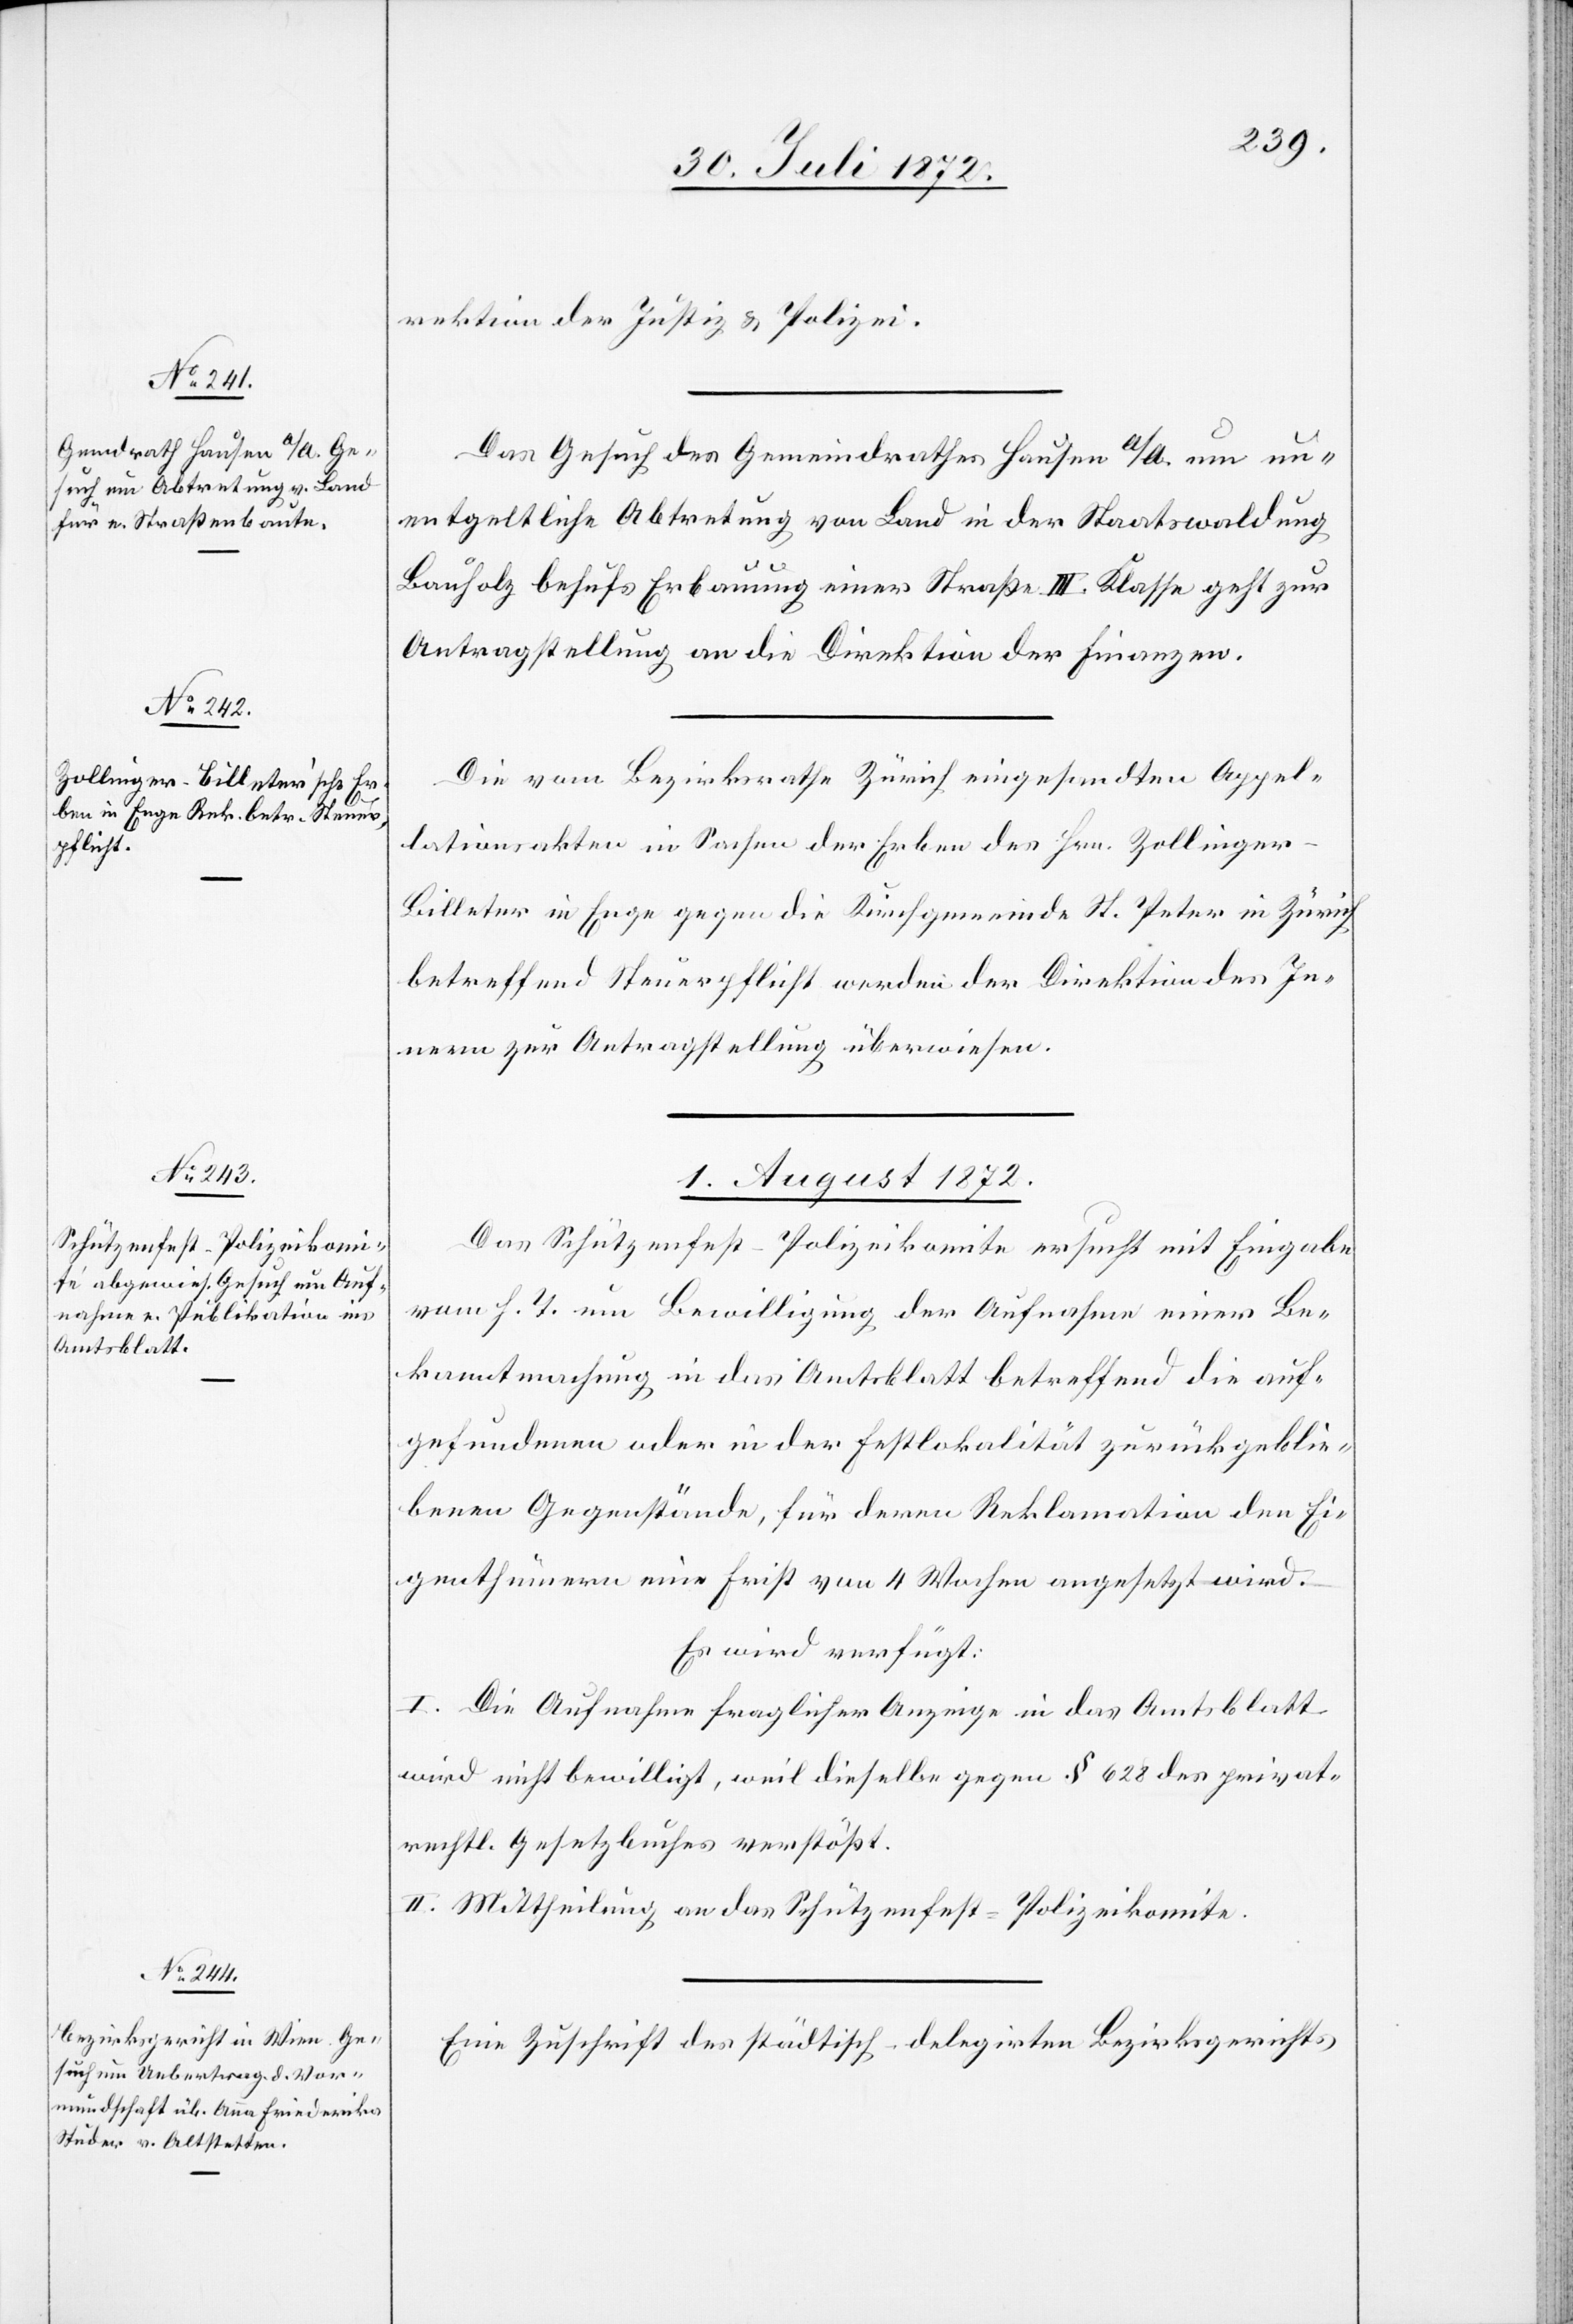
31. Juli 1872.]
rektion der Justiz- u. Polizei.
Das Gesuch des Gemeindrathes Hausen a/A. um un¬
entgeltliche Abtretung von Land in der Staatswaldung
Bauholz behufs Erbauung einer Straße III. Klasse geht zur
Antragstellung an die Direktion der Finanzen.
Die vom Bezirksrathe Zürich eingesandten Appel¬
lationsakten in Sachen der Erben des Hrn. Zollinge¬
r-Billeter in Enge gegen die Kirchgemeinde St. Peter in Zürich
betreffend Steuerpflicht werden der Direktion des In¬
nern zur Antragstellung überwiesen.
1. August 1872.]
Das Schützenfest-Polizeikomite ersucht mit Eingabe
vom h. T. um Bewilligung der Aufnahme einer Be¬
kanntmachung in das Amtsblatt betreffend die auf¬
gefundenen oder in der Festlokalität zurückgeblie¬
benen Gegenstände, für deren Reklamation den Ei¬
genthümern eine Frist von 4 Wochen angesetzt wird.
Es wird verfügt:
I. Die Aufnahme fraglicher Anzeige in das Amtsblatt
wird nicht bewilligt, weil dieselbe gegen § 628 des privat¬
rechtl. Gesetzbuches verstößt.
II. Mittheilung an das Schützenfest-Polizeikomite.
Eine Zuschrift des städtisch-delegirten Bezirksgerichts